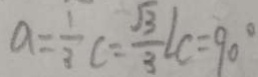
a = \frac { 1 } { 3 } C = \frac { \sqrt { 3 } } { 3 } \angle C = 9 0 ^ { \circ }